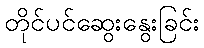
တိုင်ပင်ဆွေးနွေးခြင်း